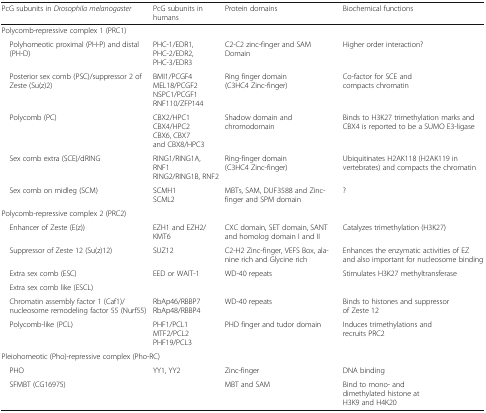
<table><thead><tr><td><b>PcG subunits in <i>Drosophila melanogaster</i></b></td><td><b>PcG subunits in humans</b></td><td><b>Protein domains</b></td><td><b>Biochemical functions</b></td></tr></thead><tbody><tr><td colspan="4">Polycomb-repressive complex 1 (PRC1)</td></tr><tr><td> Polyhomeotic proximal (PH-P) and distal (PH-D)</td><td>PHC-1/EDR1,PHC-2/EDR2,PHC-3/EDR3</td><td>C2-C2 zinc-finger and SAM Domain</td><td>Higher order interaction?</td></tr><tr><td> Posterior sex comb (PSC)/suppressor 2 of Zeste (Su(z)2)</td><td>BMI1/PCGF4MEL18/PCGF2NSPC1/PCGF1RNF110/ZFP144</td><td>Ring finger domain(C3HC4 Zinc-finger)</td><td>Co-factor for SCE and compacts chromatin</td></tr><tr><td> Polycomb (PC)</td><td>CBX2/HPC1CBX4/HPC2CBX6, CBX7 and CBX8/HPC3</td><td>Shadow domain and chromodomain</td><td>Binds to H3K27 trimethylation marks and CBX4 is reported to be a SUMO E3-ligase</td></tr><tr><td> Sex comb extra (SCE)/dRING</td><td>RING1/RING1A, RNF1RING2/RING1B, RNF2</td><td>Ring-finger domain(C3HC4 Zinc-finger)</td><td>Ubiquitinates H2AK118 (H2AK119 in vertebrates) and compacts the chromatin</td></tr><tr><td> Sex comb on midleg (SCM)</td><td>SCMH1SCML2</td><td>MBTs, SAM, DUF3588 and Zinc-finger and SPM domain</td><td>?</td></tr><tr><td colspan="4">Polycomb-repressive complex 2 (PRC2)</td></tr><tr><td> Enhancer of Zeste (E(z))</td><td>EZH1 and EZH2/KMT6</td><td>CXC domain, SET domain, SANT and homolog domain I and II</td><td>Catalyzes trimethylation (H3K27)</td></tr><tr><td> Suppressor of Zeste 12 (Su(z)12)</td><td>SUZ12</td><td>C2-H2 Zinc-finger, VEFS Box, alanine rich and Glycine rich</td><td>Enhances the enzymatic activities of EZ and also important for nucleosome binding</td></tr><tr><td> Extra sex comb (ESC)</td><td rowspan="2">EED or WAIT-1</td><td rowspan="2">WD-40 repeats</td><td rowspan="2">Stimulates H3K27 methyltransferase</td></tr><tr><td> Extra sex comb like (ESCL)</td></tr><tr><td> Chromatin assembly factor 1 (Caf1)/nucleosome remodeling factor 55 (Nurf55)</td><td>RbAp46/RBBP7RbAp48/RBBP4</td><td>WD-40 repeats</td><td>Binds to histones and suppressor of Zeste 12</td></tr><tr><td> Polycomb-like (PCL)</td><td>PHF1/PCL1MTF2/PCL2PHF19/PCL3</td><td>PHD finger and tudor domain</td><td>Induces trimethylations and recruits PRC2</td></tr><tr><td colspan="4">Pleiohomeotic (Pho)-repressive complex (Pho-RC)</td></tr><tr><td> PHO</td><td>YY1, YY2</td><td>Zinc-finger</td><td>DNA binding</td></tr><tr><td> SFMBT (CG16975)</td><td></td><td>MBT and SAM</td><td>Bind to mono- and dimethylated histone at H3K9 and H4K20</td></tr></tbody></table>